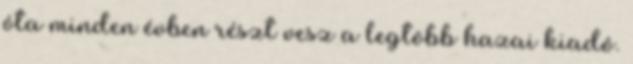
óta minden évben részt vesz a legtöbb hazai kiadó.